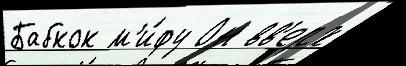
Бабкок м'и́фу Он вв'ерх